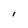
Character: l